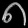
Digit: ၈